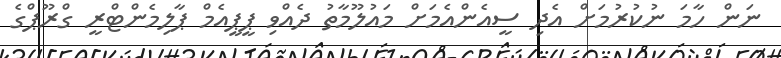
ނަން ހާމަ ނުކުރުމަށް އެދި ސީއެންއެމަށް މައުލޫމާތު ދެއްވި ޕީޕީއެމް ޕާލިމެންޓްރީ ގްރޫޕްގެ